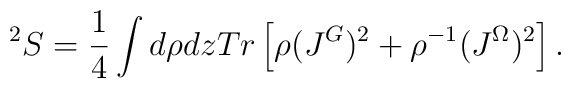
^2S = \frac {1}{4}\int d\rho dz Tr\left [\rho (J^G)^2 + \rho ^{-1} (J^{\Omega})^2 \right ].